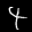
Label: 4